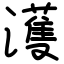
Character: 濩